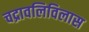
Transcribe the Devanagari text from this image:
चद्रावलिविलास